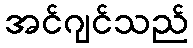
အင်ဂျင်သည်